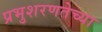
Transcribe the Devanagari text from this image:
प्रभुशरणतेच्या